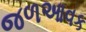
જળઆવક